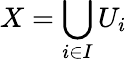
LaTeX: X=\bigcup_{i\in I}U_{i}